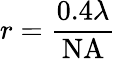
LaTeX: r={\frac{0.4\lambda}{\mathrm{NA}}}